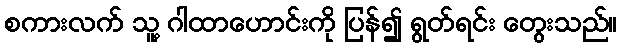
စကားလက် သူ့ ဂါထာဟောင်းကို ပြန်၍ ရွတ်ရင်း တွေးသည်။